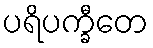
ပရိပက္ခီတေ